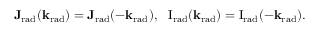
\mathbf { J _ { \mathrm { { r a d } } } } ( \mathbf { k } _ { \mathrm { { r a d } } } ) = \mathbf { J _ { \mathrm { { r a d } } } } ( - \mathbf { k } _ { \mathrm { { r a d } } } ) , ~ ~ \mathrm { { I } } _ { \mathrm { { r a d } } } ( \mathbf { k } _ { \mathrm { { r a d } } } ) = \mathrm { { I } } _ { \mathrm { { r a d } } } ( - \mathbf { k } _ { \mathrm { { r a d } } } ) .